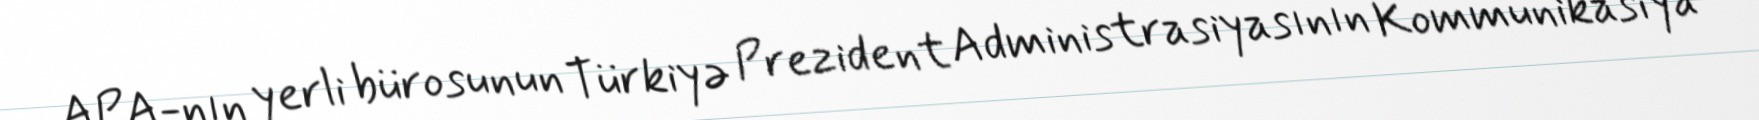
APA-nın yerli bürosunun Türkiyə Prezident Administrasiyasının Kommunikasiya